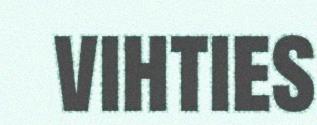
vihties